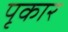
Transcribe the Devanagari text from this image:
पृकार